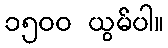
၁၅၀၀ ယွမ်ပါ။